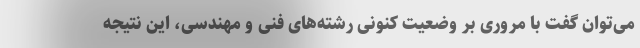
می‌توان گفت با مروری بر وضعیت کنونی رشته‌های فنی و مهندسی، این نتیجه